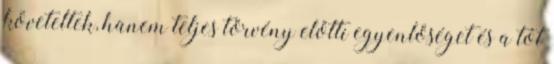
követeltek, hanem teljes törvény előtti egyenlőséget és a tót